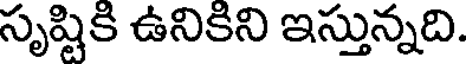
సృష్టికి ఉనికిని ఇస్తున్నది.